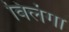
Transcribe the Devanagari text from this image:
विलंगा